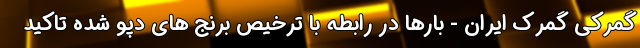
گمرکی گمرک ایران - بارها در رابطه با ترخیص برنج های دپو شده تاکید